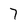
Character: 7